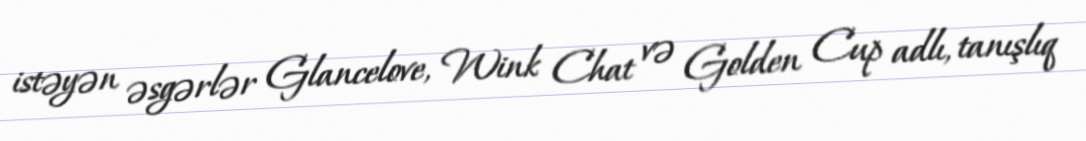
istəyən əsgərlər Glancelove, Wink Chat və Golden Cup adlı, tanışlıq